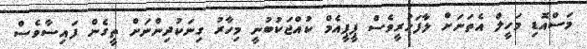
މަސްއޮޑި މަހީލް އެތަނަށް ލާފަހުރީވެސް ޕީޕީއެމް ކުއްޖަކުބުނީ މިހާރު ގިނަކުދިންނަށް ތީގެން ފައިސާވެސް